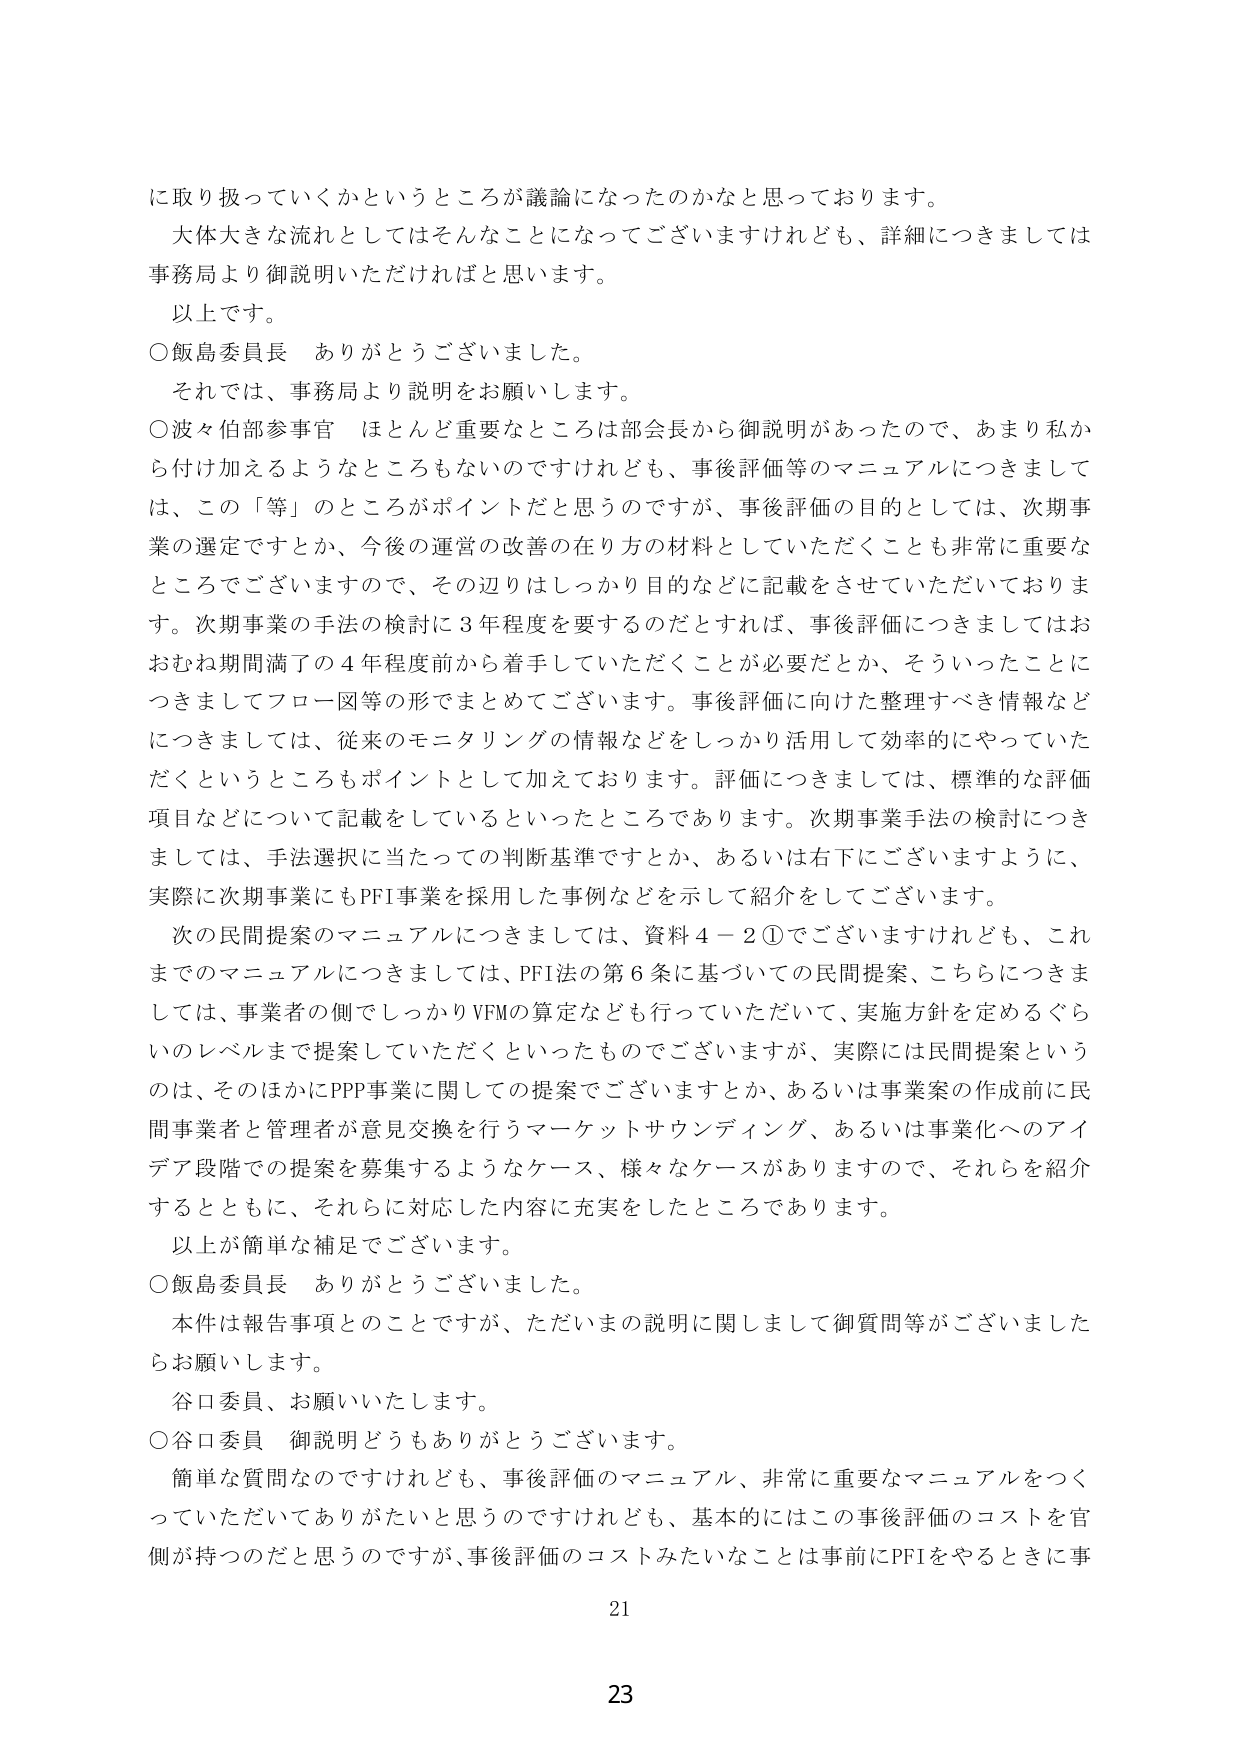
に取り扱っていくかというところが議論になったのかなと思っております。
大体大きな流れとしてはそんなことになってございますけれども、詳細につきましては事務局より御説明いただければと思います。
以上です。
○飯島委員長 ありがとうございました。
それでは、事務局より説明をお願いします。
○波々伯部参事官 ほとんど重要なところは部会長から御説明があったので、あまり私から付け加えるようなところもないのですけれども、事後評価等のマニュアルにつきましては、この「等」のところがポイントだと思うのですが、事後評価の目的としては、次期事業の選定ですとか、今後の運営の改善の在り方の材料としていただくことも非常に重要なところでございますので、その辺りはしっかり目的などに記載をさせていただいております。次期事業の手法の検討に3年程度を要するのだとすれば、事後評価につきましてはおおむね期間満了の4年程度前から着手していただくことが必要だとか、そういったことにつきましてフォロー図等の形でまとめてございます。事後評価に向けた整理すべき情報などにつきましては、従来のモニタリングの情報などをしっかり活用して効率的にやっていただくというところもポイントとして加えております。評価につきましては、標準的な評価項目などについて記載をしているといったところであります。次期事業手法の検討につきましては、手法選択に当たっての判断基準ですとか、あるいは右下にございますように、実際に次期事業にもPFI事業を採用した事例などを示して紹介をしてございます。
次の民間提案のマニュアルにつきましては、資料4－2①でございますけれども、これまでのマニュアルにつきましては、PFI法の第6条に基づいての民間提案、こちらにつきましては、事業者の側でしっかりVFMの算定なども行っていただいて、実施方針を定めるぐらいのレベルまで提案していただくといったものでございますが、実際には民間提案というのは、そのほかにPPP事業に関しての提案でございますとか、あるいは事業案の作成前に民間事業者と管理者が意見交換を行うマーケットサウンディング、あるいは事業化へのアイデア段階での提案を募集するようなケース、様々なケースがありますので、それらを紹介するとともに、それらに対応した内容に充実をしたところであります。
以上が簡単な補足でございます。
○飯島委員長 ありがとうございました。
本件は報告事項とのことですが、ただいまの説明に関しまして御質問等がございましたらお願いします。
谷口委員、お願いいたします。
○谷口委員 御説明どうもありがとうございます。
簡単な質問なのですが、事後評価のマニュアル、非常に重要なマニュアルをつくっていただいてありがたいと思うのですけれども、基本的にはこの事後評価のコストを官側が持つのだと思うのですが、事後評価のコストみたいなことは事前にPFIをやるときに事

21
23